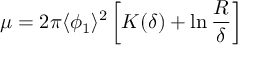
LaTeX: \mu = 2 \pi \langle \phi _ { 1 } \rangle ^ { 2 } \left[ K ( \delta ) + \ln { \frac { R } { \delta } } \right]